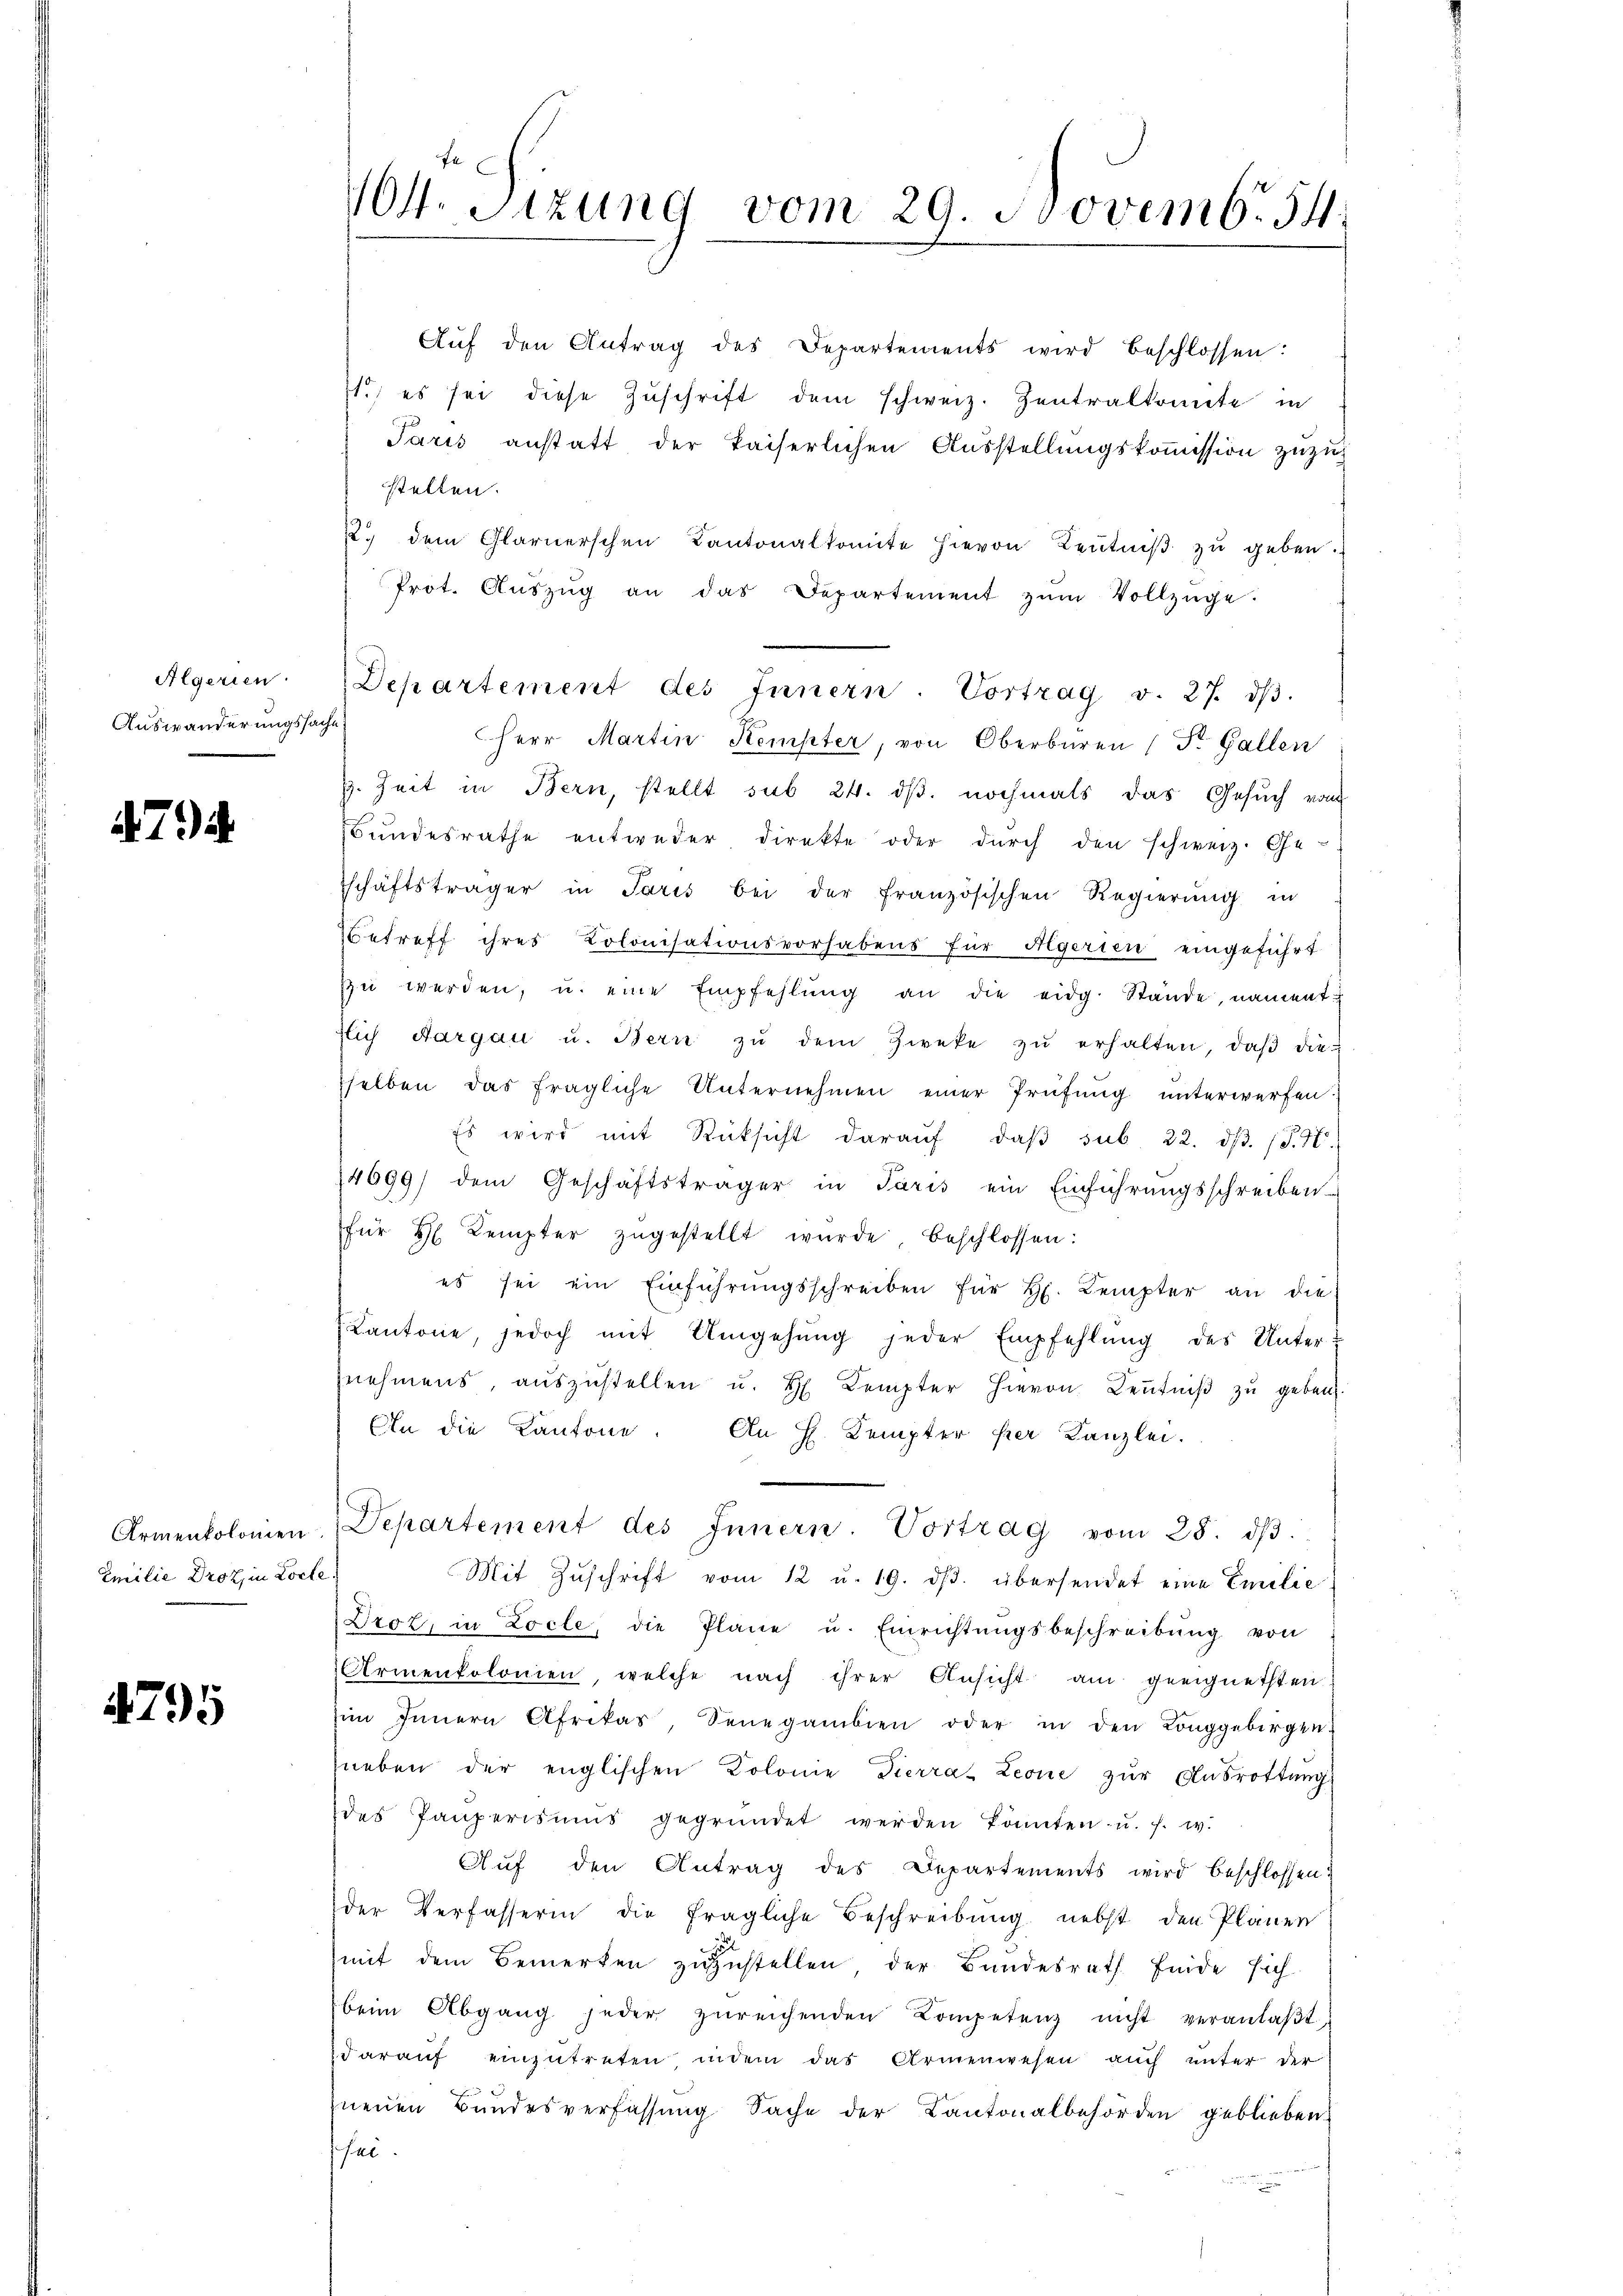
Algerien.
Auswanderungssache

.7).

Armenkolomen
Emilie Droz, in Lorte

1795

104. Sitzung vom 29. Novemb. 54.

Aŭf den Antrag des Departements wird beschlossen:
1.) es sei diese Zuschrift dem schweiz. Zentralkomite in
Paris anstatt der kaiserlichen Ausstellungskoṁission zuzustellen.
22. dem Glarnerschen Kantonalkomite hievon Leŭtniβ zŭ geben.
Prot. Aŭszŭg an das Departement zŭm Vollzüge.
Herr Martin Kempter, von Oberbaren (St. Gallen
H. Zeit in Bern, stellt sub 24. dβ. nochmals das Gesuch vom
Bundesrathe entweder, direkte oder durch den schweiz. Ge-
schäftsträger in Paris bei der französischen Regierŭng in
Betreff ihres Kolonisationsvorhabens für Aegerien eingeführt
zŭ werden, u. eine Empfehlŭng an die eidg. Stände, nament
flich Aargau u. Bern zŭ dem Zweke zŭ erhalten, daβ die
selben das fragliche Unternehmen einer Prüfung unterwerfen.
Es wird mit Rücksicht daraŭf, daβ sub 22. dβ. (S. 4
14699) dem Geschäftsträger in Paris ein Einführŭngsschreiben
für H. Kempter zŭgestellt wurde beschlossen:
es sei ein Einführŭngsschreiben für H. Lempter an die
Kantone, jedoch mit Umgehŭng jeder Empfehlŭng des Unter-
nehmens, aŭszŭstellen u. H. Kempter hievon Leŭtniβ zŭ geben.
An die Kantone. An H. Kempter per Kanzlei.
Departement des Innern. Vortrag vom 28. dβ.
Mit Zŭschrift vom 12 u. 19. dβ. übersendet eine Emilie
Drot, in Locle, die Plane u. Einrichtŭngsbeschreibŭng von
Armenkolonen, welche nach ihrer Ansicht am geeignetsten
im Innern Afrikas, Senegambien oder in den Longgebirgen.
neben der englischen Kolonie Tierrat Leone zŭr Aŭsrottung
des Pauperisiŭs gegründet werden könnten u. s. w.
Aŭf den Antrag des Departements wird beschlossen:
der Verfasserin die fragliche Beschreibung nebst den Plänen
mit dem Bemerken zuzustellen der Bundesrath finde sich
beim Abgang jeder zŭreichenden Kompetenz nicht veranlaβt,
daraŭf einzŭtreten indem das Armenwesen auch unter der
neuen Bundesverfassŭng Sache der Kantonalbehörden geblieben.
sel

Departement des Innern. Vortrag v. 27. dβ.